Report on enteric fever
Disease focus: Fever
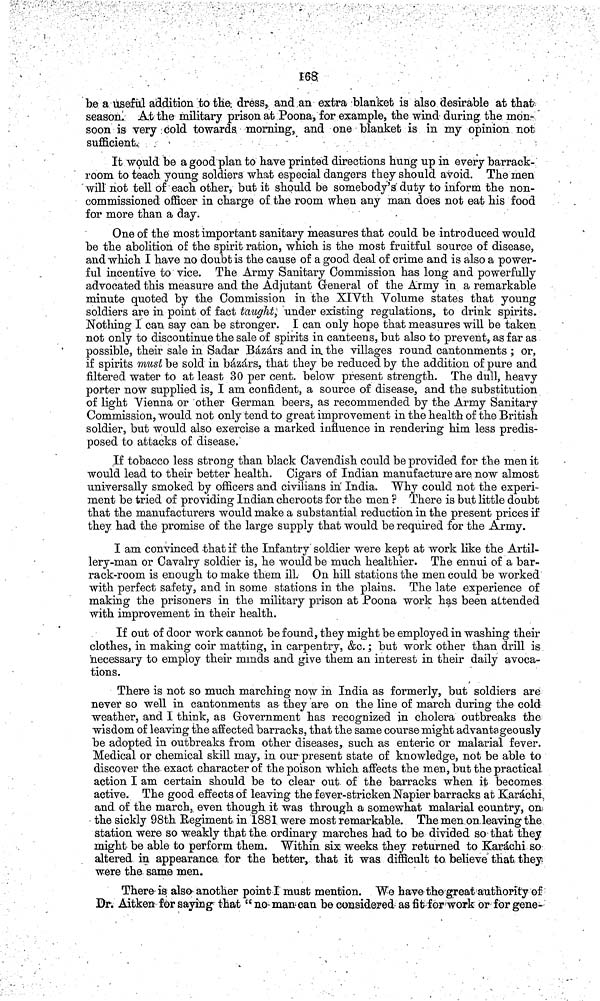
168
be a useful addition to the. dress, and an extra blanket is also desirable at that
season. At the military prison at Poona, for example, the wind during the mon-
soon is very cold towards morning, and one blanket is in my opinion not
sufficient.
It would be a good plan to have printed directions hung up in every barrack-
room to teach young soldiers what especial dangers they should avoid. The men
will not tell of each other, but it should be somebody's duty to inform the non-
commissioned officer in charge of the room when any man does not eat his food
for more than a day.
One of the most important sanitary measures that could be introduced would
be the abolition of the spirit ration, which is the most fruitful source of disease,
and which I have no doubt is the cause of a good deal of crime and is also a power-
ful incentive to vice. The Army Sanitary Commission has long and powerfully
advocated this measure and the Adjutant General of the Army in a remarkable
minute quoted by the Commission in the XIVth Yolume states that young
soldiers are in point of fact taught, under existing regulations, to drink spirits.
Nothing I can say can be stronger. I can only hope that measures will be taken
not only to discontinue the sale of spirits in canteens, but also to prevent, as far as
possible, their sale in Sadar Bázárs and in the villages round cantonments ; or,
if spirits must be sold in Bázárs, that they be reduced by the addition of pure and
filtered water to at least 30 per cent. below present strength. The dull, heavy
porter now supplied is, I am confident, a source of disease, and the substitution
of light Vienna or other German beers, as recommended by the Army Sanitary
Commission, would not only tend to great improvement in the health of the British
soldier, but would also exercise a marked influence in rendering him less predis-
posed to attacks of disease.
If tobacco less strong than black Cavendish could be provided for the men it
would lead to their better health. Cigars of Indian manufacture are now almost
universally smoked by officers and civilians in India. Why could not the experi-
ment be tried of providing Indian cheroots for the men ? There is but little doubt
that the manufacturers would make a substantial reduction in the present prices if
they had the promise of the large supply that would be required for the Army.
I am convinced that if the Infantry soldier were kept at work like the Artil-
lery-man or Cavalry soldier is, he would be much healthier. The ennui of a bar-
rack-room is enough to make them ill. On hill stations the men could be worked
with perfect safety, and in some stations in the plains. The late experience of
making the prisoners in the military prison at Poona work has been attended
with improvement in their health.
If out of door work cannot be found, they might be employed in washing their
clothes, in making coir matting, in carpentry, &c.; but work other than drill is
necessary to employ their minds and give them an interest in their daily avoca-
tions.
There is not so much marching now in India as formerly, but soldiers are
never so well in cantonments as they are on the line of march during the cold
weather, and I think, as Government has recognized in cholera outbreaks the
wisdom of leaving the affected barracks, that the same course might advantageously
be adopted in outbreaks from other diseases, such as enteric or malarial fever.
Medical or chemical skill may, in our present state of knowledge, not be able to
discover the exact character of the poison which affects the men, but the practical
action I am certain should be to clear out of the barracks when it becomes
active. The good effects of leaving the fever-stricken Napier barracks at Karáchi
and of the march, even though it was through a somewhat malarial country, on
the sickly 98th Regiment in 1881 were most remarkable. The men on leaving the
station were so weakly that the ordinary marches had to be divided so that they
might be able to perform them. Within six weeks they returned to Karachi so
altered in appearance for the better, that it was difficult to believe that they
were the same men.
There is also another point I must mention. We have the great authority of
Dr. Aitken for saying that "no man can be considered as fit for work or for gene-